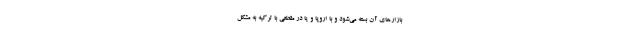
بازارهای آن بسته می‌شود و با اروپا و یا در مقطعی با ترکیه به مشکل